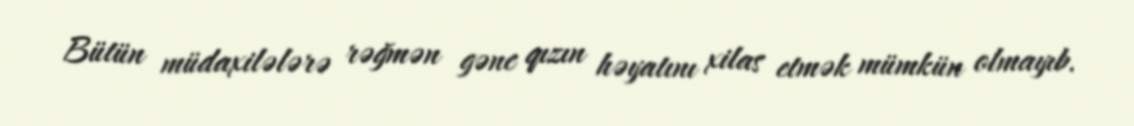
Bütün müdaxilələrə rəğmən gənc qızın həyatını xilas etmək mümkün olmayıb.